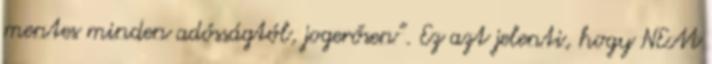
mentes minden adósságtól, jogerősen”. Ez azt jelenti, hogy NEM